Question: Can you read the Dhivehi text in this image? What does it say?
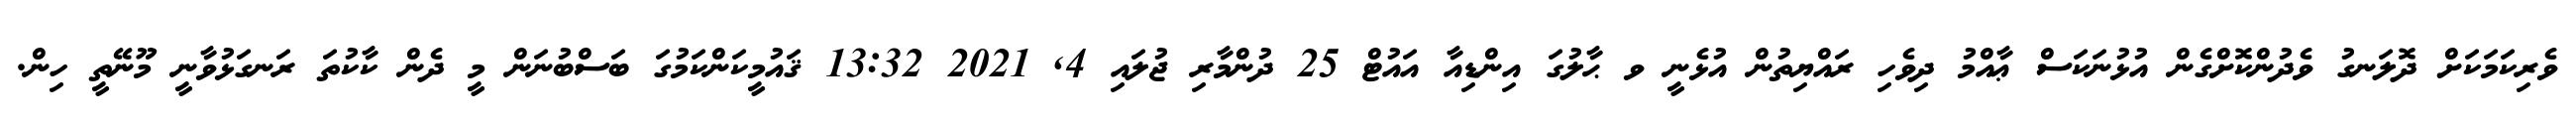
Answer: ވެރިކަމަކަށް ދޮލަނގު ވެދުންކޮށްގެން އުޅުނަކަސް ޢާއްމު ދިވެހި ރައްޔިތުން އުޅެނީ ވ ޙާލުގަ އިންޑިއާ އައުޓް 25 ދުންމާރި ޖުލައި 4, 2021 13:32 ޤައުމީކަންކަމުގަ ބަސްބުނަން މީ ދެން ކާކުތަ ރަނގަޅުވާނީ މޫނޭތީ ހިން.